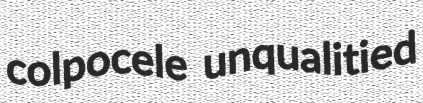
colpocele unqualitied